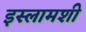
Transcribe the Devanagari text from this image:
इस्लामशी